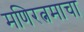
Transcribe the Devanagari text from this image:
मणिरत्नमाचा